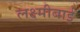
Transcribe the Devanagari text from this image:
लक्ष्‍मीबाई